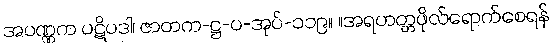
အပဏ္ဏက ပဋိပဒါ၊ ဇာတက-ဋ္ဌ-ပ-အုပ်-၁၁၉။ ။အရဟတ္တဖိုလ်ရောက်စေရန်